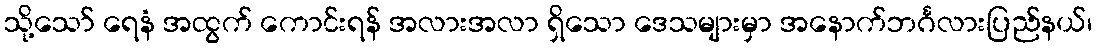
သို့သော် ရေနံ အထွက် ကောင်းရန် အလားအလာ ရှိသော ဒေသများမှာ အနောက်ဘင်္ဂလားပြည်နယ်၊